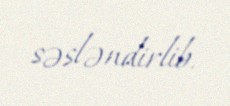
səsləndirlib.